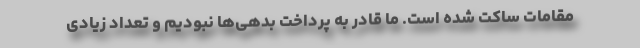
مقامات ساکت شده است. ما قادر به پرداخت بدهی‌ها نبودیم و تعداد زیادی